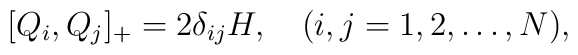
[Q_{i}, Q_{j}]_{+} = 2 \delta_{ij} H,  \quad(i, j = 1, 2, \ldots, N),